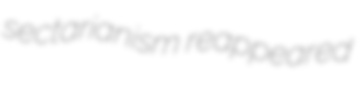
sectarianism reappeared